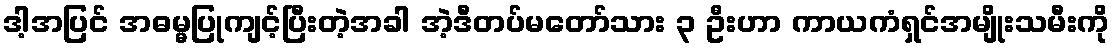
ဒါ့အပြင် အဓမ္မပြုကျင့်ပြီးတဲ့အခါ အဲ့ဒီတပ်မတော်သား ၃ ဦးဟာ ကာယကံရှင်အမျိုးသမီးကို